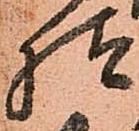
様